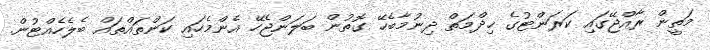
މަތީން ރާއްޖޭގައި ކަރަންޓުގެ ޚިދްމަތް ދިނުމާބެހޭ ގޮތުން ބަލަންޖެހޭ އެންމެހައި ކަންތައްތައް ބެލެހެއްޓުން.